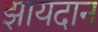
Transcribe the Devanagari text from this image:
झायदान